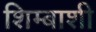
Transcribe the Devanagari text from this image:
शिम्बाशी